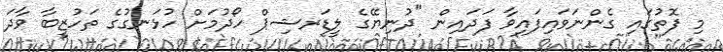
މި ފޮތުގައި ގެންނަވައިފައިވާ ފަދައިން "ދުނިޔޭގެ ލީޑަރޝިޕް ހޯދުމަށް ހުޅަނގުގެ ތަހުޒީބާ ވާދަ